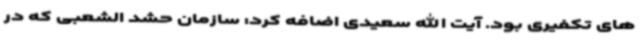
های تکفیری بود. آیت الله سعیدی اضافه کرد: سازمان حشد الشعبی که در